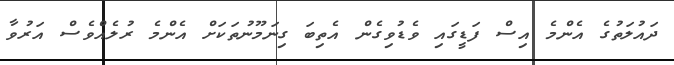
ދައުލަތުގެ އެންމެ އިސް ފަޑީގައި ވެޑުވިގެން އެތިބަ ގިނަމޫނުތަކަށް އެންމެ ރުލެއްވެސް އަރުވާ